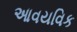
આવયવિક